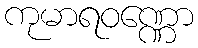
ကုမာရဝဏ္ဏော